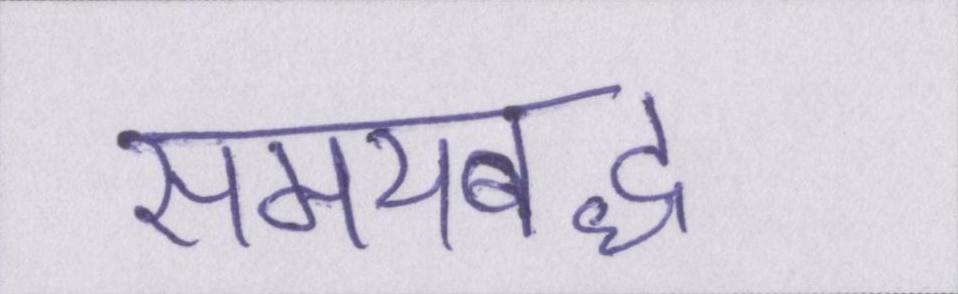
समयबद्ध